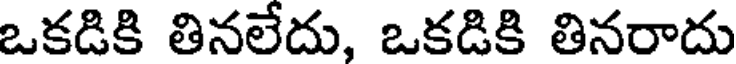
ఒకడికి తినలేదు, ఒకడికి తినరాదు